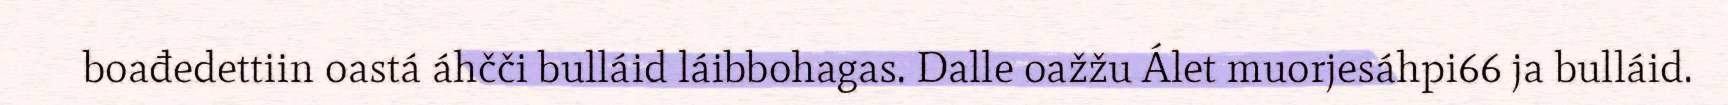
boađedettiin oastá áhčči bulláid láibbohagas. Dalle oažžu Álet muorjesáhpi66 ja bulláid.